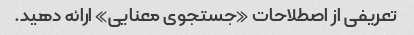
تعریفی از اصطلاحات «جستجوی معنایی» ارائه دهید.